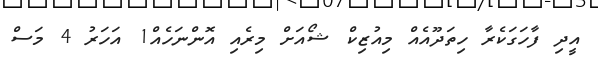
އީދި ފާހަގަކެރާ ހިތަދޫއެއް މިއުޒިކް ޝޯއަށް މިރެއި އޮންނަހެއް1 އަހަރު 4 މަސް